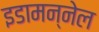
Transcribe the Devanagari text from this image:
इडामन्नेल